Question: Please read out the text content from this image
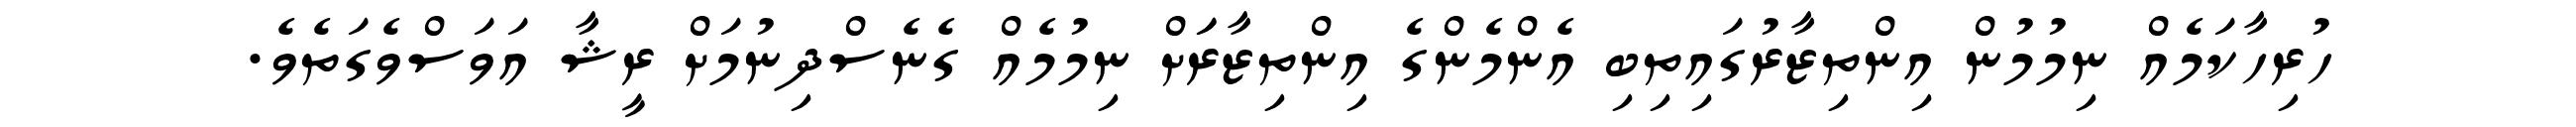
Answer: ހުރިހާކަމެއް ނިމުމުން އިންތިޒާރުގައިތިބި އެންމެންގެ އިންތިޒާރަަށް ނިމުމެއް ގެނެސްދިނުމަށް ރީޝާ އަވަސްވެގަތެވެ.